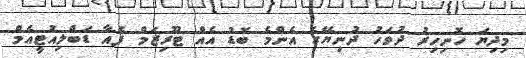
މިދިޔަ ހޮނިހިރު ދުވަހު ދުނިޔޭގެ އެންމެ ބޮޑު އެއް ޓޫރިޒަމް ފެއާ ޑަބްލިއުޓީއެމް